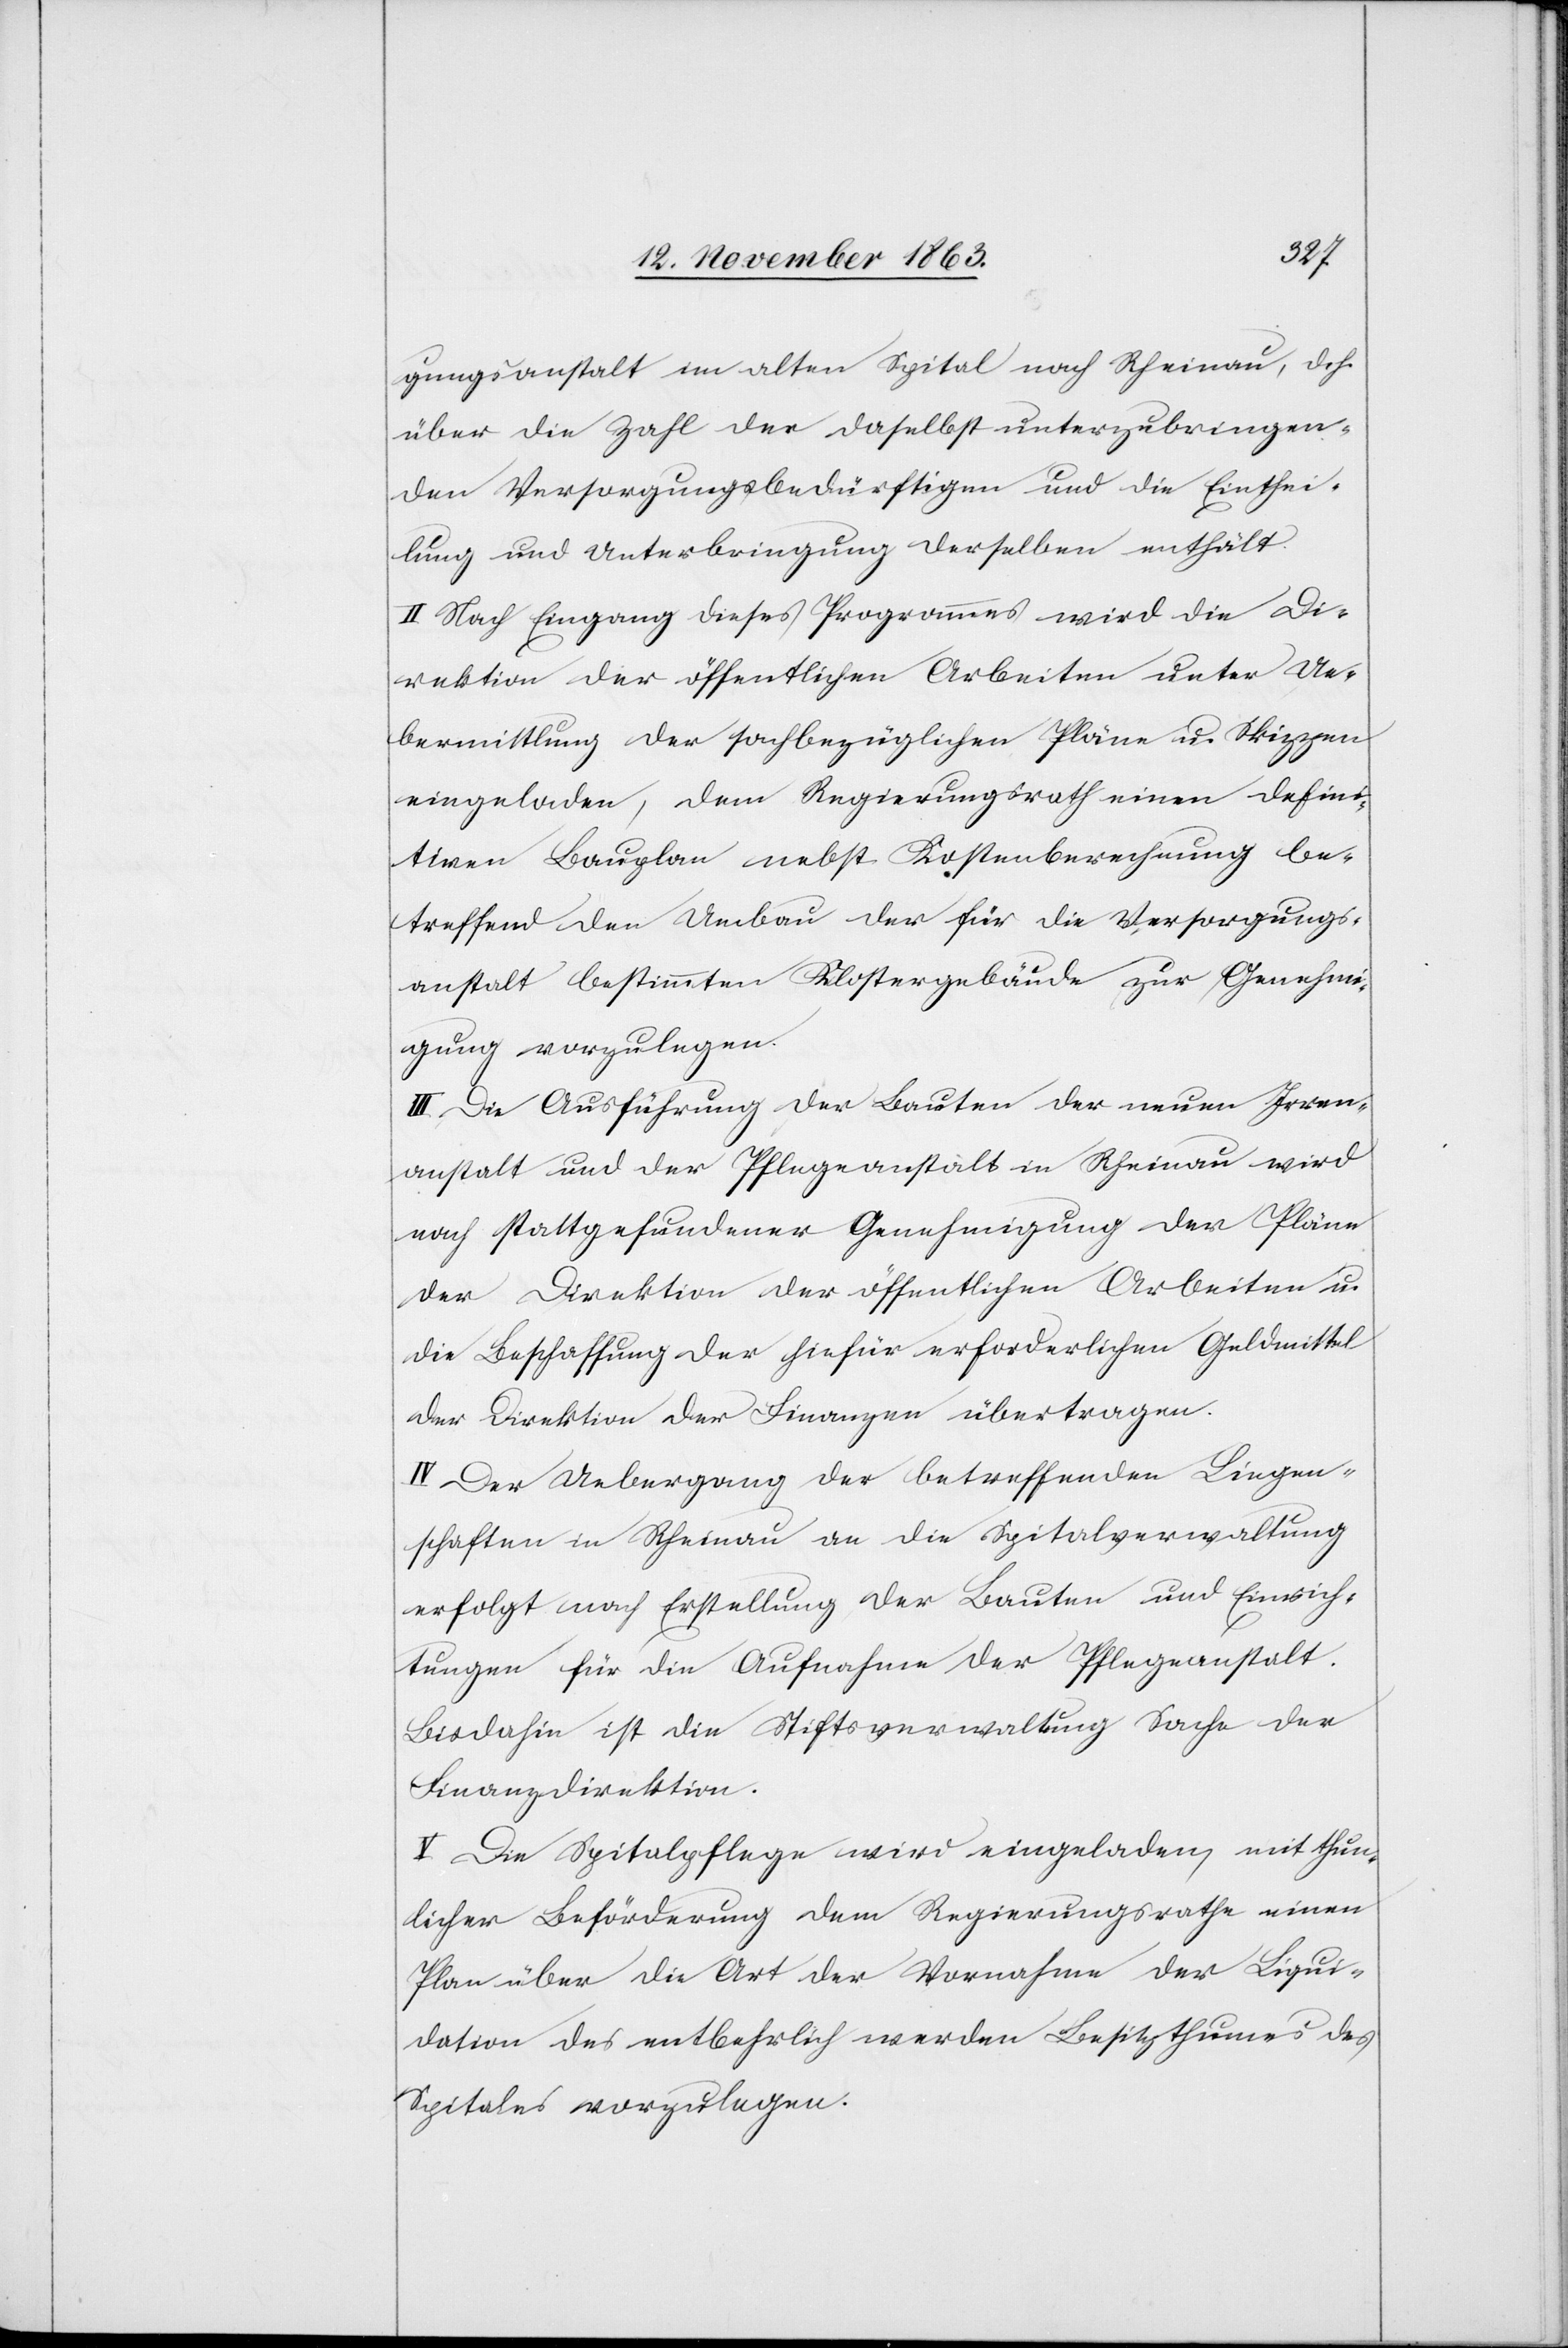
gungsanstalt im alten Spital nach Rheinau, d. h.
über die Zahl der daselbst unterzubringen¬
den Versorgungsbedürftigen und die Einthei¬
lung und Unterbringung derselben enthält.
II. Nach Eingang dieses Programmes wird die Di¬
rektion der öffentlichen Arbeiten unter Ue¬
bermittlung der sachbezüglichen Pläne u. Skizzen
eingeladen, dem Regierungsrath einen defini¬
tiven Bauplan nebst Kostenberechnung be¬
treffend den Umbau der für die Versorgungs¬
anstalt bestimmten Klostergebäude zur Genehmi¬
gung vorzulegen.
III. Die Ausführung der Bauten der neuen Irren¬
anstalt und der Pflegeanstalt in Rheinau wird
nach stattgefundener Genehmigung der Pläne
der Direktion der öffentlichen Arbeiten u.
die Beschaffung der hiefür erforderlichen Geldmittel
der Direktion der Finanzen übertragen.
IV. Der Uebergang der betreffenden Liegen¬
schaften in Rheinau an die Spitalverwaltung
erfolgt nach Erstellung der Bauten und Einrich¬
tungen für die Aufnahme der Pflegeanstalt.
Bisdahin ist die Stiftsverwaltung Sache der
Finanzdirektion.
V. Die Spitalpflege wird eingeladen, mit thun¬
licher Beförderung dem Regierungsrathe einen
Plan über die Art der Vornahme der Liqui¬
dation des entbehrlich werden[den] Besitzthumes des
Spitales vorzulegen.